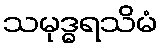
သမုဒ္ဓရသိမံ